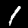
Digit: 1